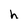
Character: h